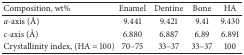
<table><thead><tr><td><b>Composition, wt%</b></td><td><b>Enamel</b></td><td><b>Dentine</b></td><td><b>Bone</b></td><td><b>HA</b></td></tr></thead><tbody><tr><td><i>a</i>-axis (Å)</td><td>9.441</td><td>9.421</td><td>9.41</td><td>9.430</td></tr><tr><td><i>c</i>-axis (Å)</td><td>6.880</td><td>6.887</td><td>6.89</td><td>6.891</td></tr><tr><td>Crystallinity index, (HA = 100)</td><td>70–75</td><td>33–37</td><td>33–37</td><td>100</td></tr></tbody></table>